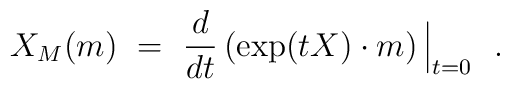
X_M(m)~=~{d\over dt} \, (\exp(tX) \cdot m) \, \Big|_{t=0}~~.